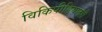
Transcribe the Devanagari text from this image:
विकिपीडियातही